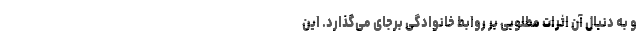
و به دنبال آن اثرات مطلوبی بر روابط خانوادگی برجای می‌گذارد. این